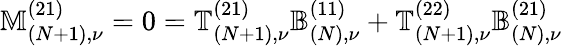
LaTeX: \mathbb{M}_{(N+1),\nu}^{(21)}=0=\mathbb{T}_{(N+1),\nu}^{(21)}\mathbb{B}_{(N),\nu}^{(11)}+\mathbb{T}_{(N+1),\nu}^{(22)}\mathbb{B}_{(N),\nu}^{(21)}